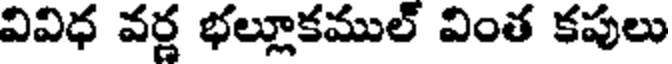
వివిధ వర్ణ భల్లూకముల్ వింత కపులు